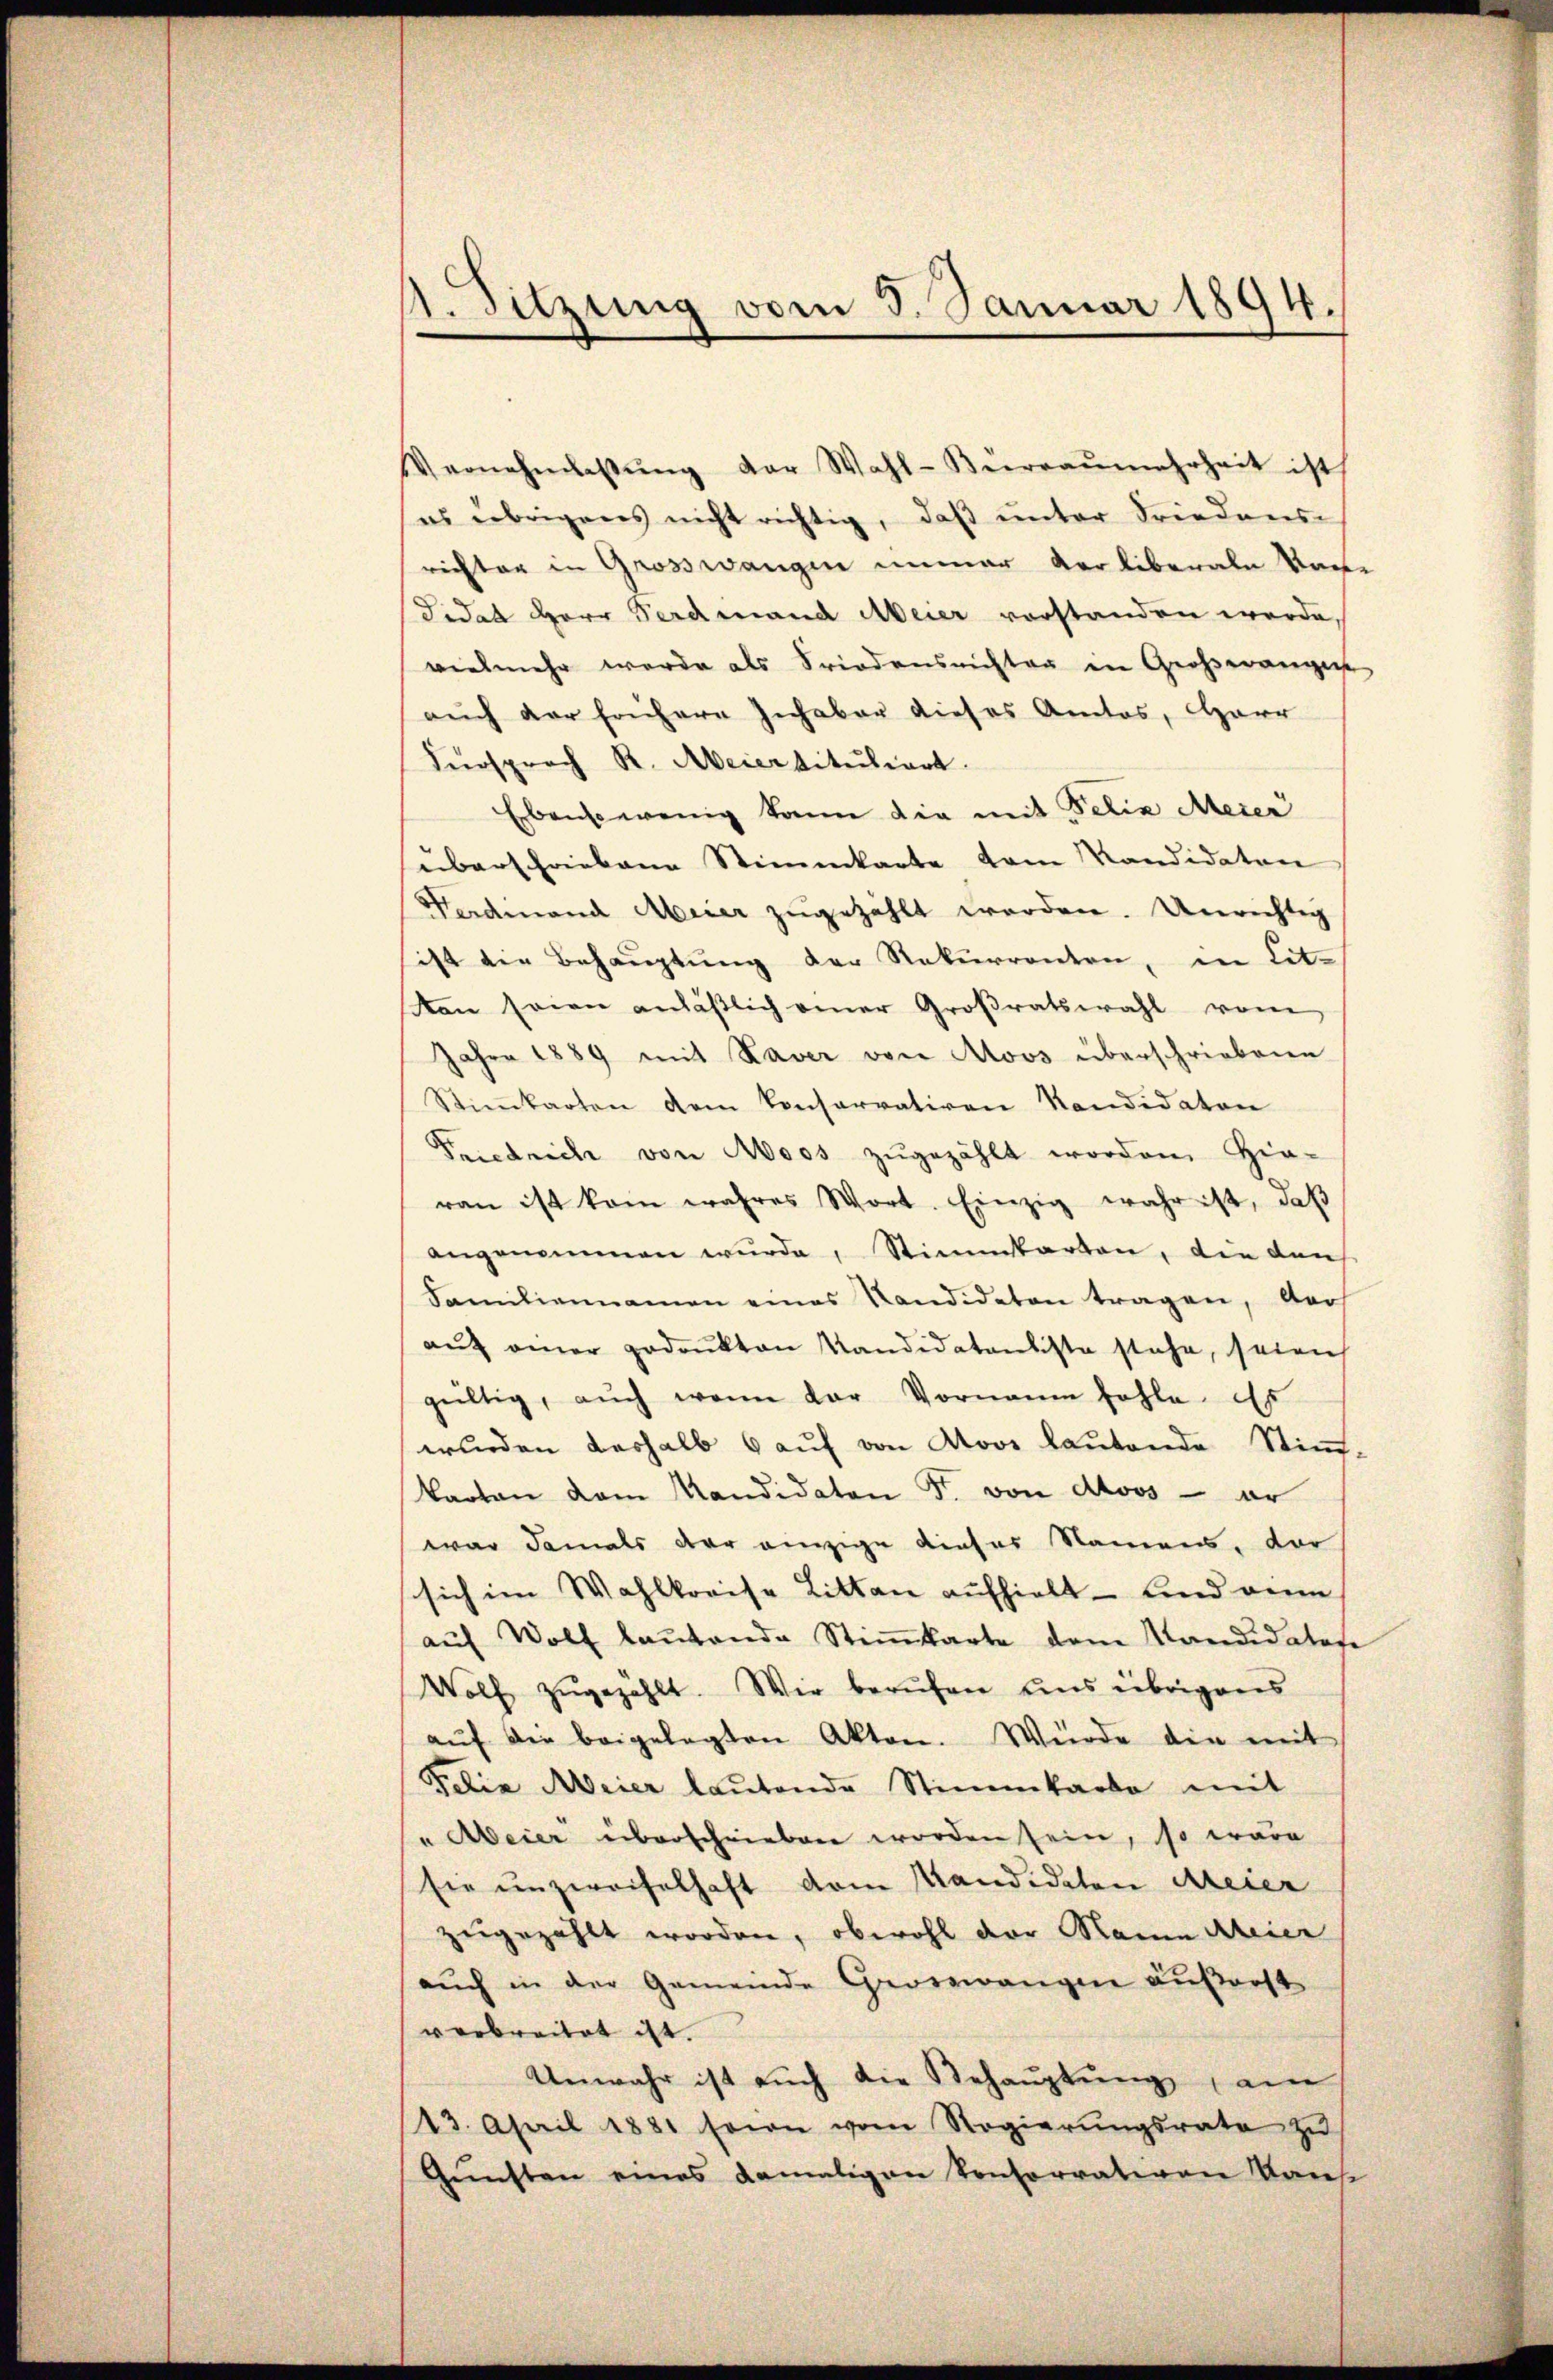
4. Sitzung vom 3. Januar 1894.

Vernehmlassŭng der Wahl-Büreaŭmehrheit ist
es übrigens nicht richtig, daß unter Friedensrichter in Grosswangen immer verliberale Vor-
Fidat Herr Ferdinand Meier vorstanden werde.
vielmehr werde als Triodensrichter in Großeranges
auch der frühere Inhaber dieses Amtos, Harr
Fürsprach R. Meiertituliert.
Ebensowenig kann die mit Felix Meier
süberschriebene Stimmkarte vom Kandidaten
Verdinand Meier zugezahlt werden. Unrichtig
sist die Behauptung der Rekurrenten, in Lit¬
Kan seien anläβlich einer Groβratswahl vom
Jahre 1889 mit Raver von Moos überschriebene
Stiṁkarten dem Conservativen Kandidaten
Friedrich von Aoos zugezählt worden. Hie-
ran ist kam wahres Wort. Einzig wahr ist, daβ
angenommen wurde, Stimmtarten, die den
Familiennamen eines Kandidaten tragen, der
aŭf einer gedrukten Kandidatenliste stehe, seien
gültig, aŭch wenn der Vornann fehle. Es
wurden deshalb 6 auf von Nove lautende Stimm-
Parten dem Mandidaten F. von droos - er
war damals der einzige dieses Namens, der
sich im Wahlkreise Litten aufhielt – und eine
aŭf Wolf baŭtende Stiṁkarte dem Kandidatote
Wolf zugezahlt. Wir berufen uns übrigens
aŭf die beigelegten Akten. Würde die mit
Felix Meier laŭtende Stimmkarte mit
"Abeier überschrieben worden sein, so wäre
sie unzweifelhaft vom Mandidaten Meier
zugezählt worden, obwohl der Name Meier
aŭch in der Gemeinde Georswangen außerst
verbreitet ist.
Unwahr ist auch die Behauptung, am
13. April 1881 sein vom Regierŭngsrate zŭ
Gunsten eines damaligen konforrativen Kaus